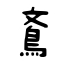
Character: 鴍